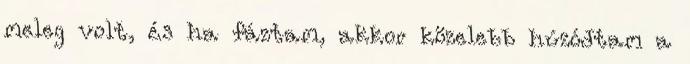
meleg volt, és ha fáztam, akkor közelebb húzódtam a